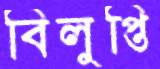
বিলুপ্তি